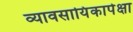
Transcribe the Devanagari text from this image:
व्यावसायिंकापेक्षा